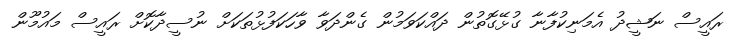
ރައީސް ނަޝީދު އެމަނިކުފާނާ ގުޅޭގޮތުން ދައްކަވަމުން ގެންދަވާ ވާހަކަފުޅުތަކަށް ނުސީދާކޮށް ރައީސް މައުމޫން